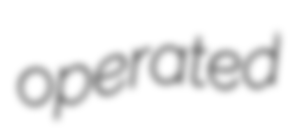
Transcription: operated